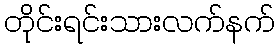
တိုင်းရင်းသားလက်နက်